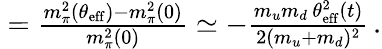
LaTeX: \begin{array}{r}{\! \! \! \! \! \! \! \! \! \! \! \! \frac{\Delta m_{\pi}^{2}}{m_{\pi}^{2}}=\frac{m_{\pi}^{2}(\theta_{\mathrm{eff}})-m_{\pi}^{2}(0)}{m_{\pi}^{2}(0)}\simeq-\frac{m_{u}m_{d}\, \theta_{\mathrm{eff}}^{2}(t)}{2(m_{u}+m_{d})^{2}}\, .}\end{array}